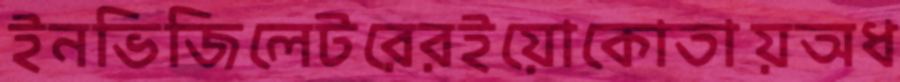
ইনভিজিলেটরেরইয়োকোতায়অধ